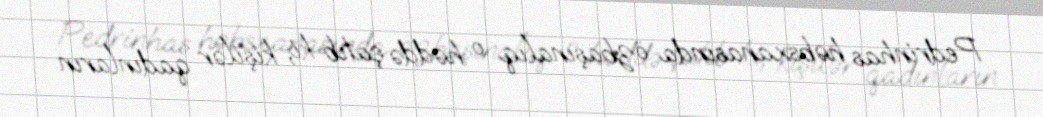
Pedrinhas həbsxanasında özbaşınalıq o həddə çatıb ki, kişilər qadınların